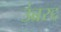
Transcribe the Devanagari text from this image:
उंब्ररद्द